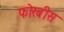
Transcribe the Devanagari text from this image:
फोरबीस